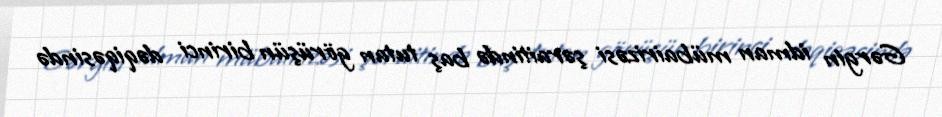
Gərgin idman mübairizəsi şəraitində baş tutan görüşün birinci dəqiqəsində